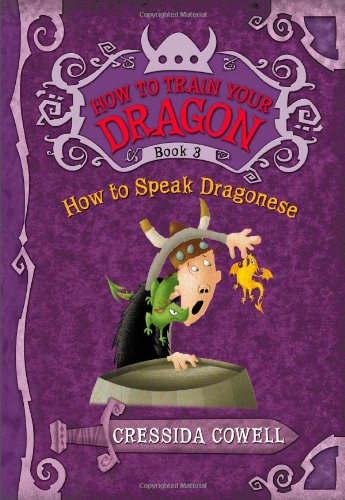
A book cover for How to Train Your Dragon: How to Speak Dragonese; Cressida Cowell; Children's Books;